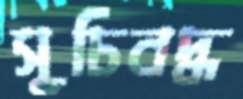
সূচিবদ্ধ